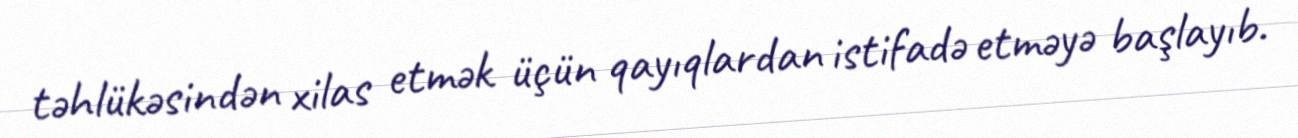
təhlükəsindən xilas etmək üçün qayıqlardan istifadə etməyə başlayıb.